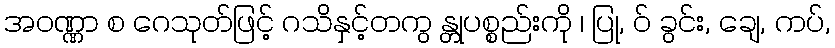
အဝဏ္ဏာ စ ဂေသုတ်ဖြင့် ဂသိနှင့်တကွ န္တုပစ္စည်းကို ၊ ပြု, ဝ် ခွင်း, ချေ, ကပ်,